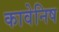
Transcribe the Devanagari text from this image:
कावेनिष